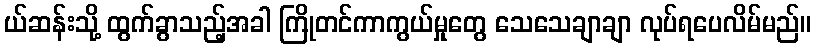
ယ်ဆန်းသို့ ထွက်ခွာသည့်အခါ ကြိုတင်ကာကွယ်မှုတွေ သေသေချာချာ လုပ်ရပေလိမ်မည်။